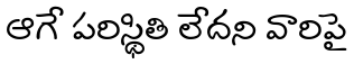
ఆగే పరిస్థితి లేదని వారిపై